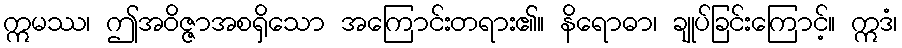
ဣမဿ၊ ဤအဝိဇ္ဇာအစရှိသော အကြောင်းတရား၏။ နိရောဓာ၊ ချုပ်ခြင်းကြောင့်။ ဣဒံ၊